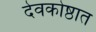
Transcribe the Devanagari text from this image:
देवकोष्ठात